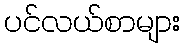
ပင်လယ်စာများ